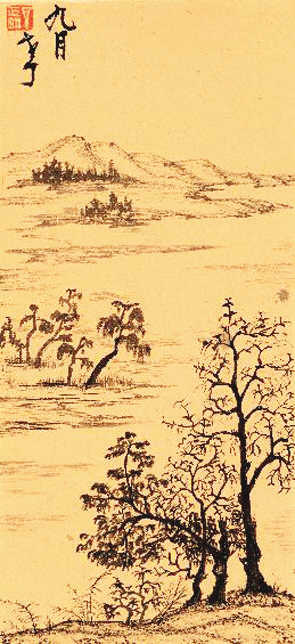
重到故乡交旧少，凄凉。却恐它乡胜故乡。